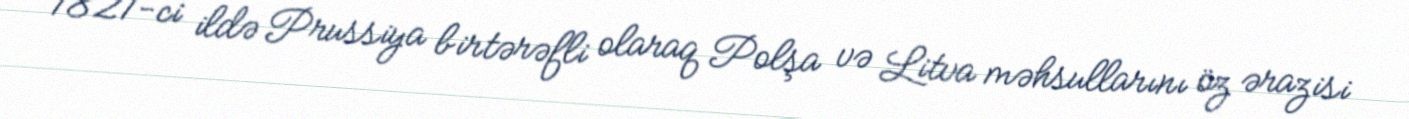
1821-ci ildə Prussiya birtərəfli olaraq Polşa və Litva məhsullarını öz ərazisi